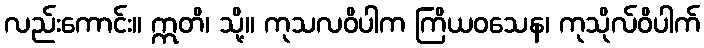
လည်းကောင်း။ ဣတိ၊ သို့။ ကုသလဝိပါက ကြိယဝသေန၊ ကုသိုလ်ဝိပါက်